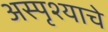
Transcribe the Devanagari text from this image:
अस्पृश्‍याचे